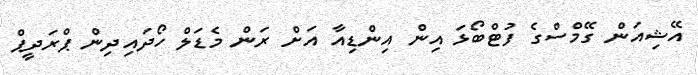
އޭޝިއަން ގޭމްސްގެ ފުޓްބޯޅަ އިން އިންޑިއާ އަށް ރަން މެޑަލް ހޯދައިދިން ޕްރަދީޕް